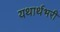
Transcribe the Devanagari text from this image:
यथार्थभरी